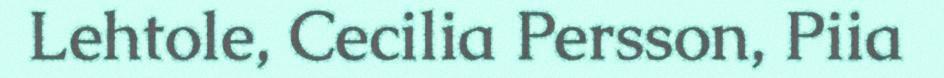
Lehtole, Cecilia Persson, Piia